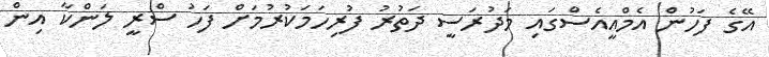
އޭގެ ފަހުން އެމްއީއެސްގައި މަދުރަސީ ދަތުރު ފުރިހަމަކުރުމަށް ފަހު ސްރީ ލަންކާ އިން